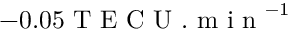
- 0 . 0 5 \mathrm { ~ T ~ E ~ C ~ U ~ . ~ m ~ i ~ n ~ } ^ { - 1 }